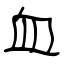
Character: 血